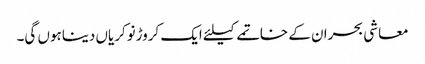
معاشی بحران کے خاتمے کیلئے ایک کروڑنوکریاں دیناہوں گی۔